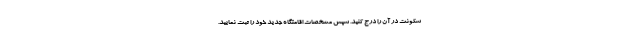
سکونت در آن را درج کنید. سپس مشخصات اقامتگاه جدید خود را ثبت نمایید.